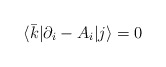
\begin{align*}\langle {\bar k} | \partial_i - A_i | j \rangle = 0\end{align*}